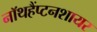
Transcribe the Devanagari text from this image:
नॉथहैंप्टनशायर